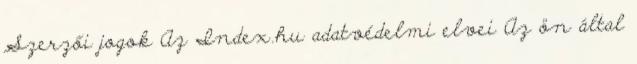
Szerzői jogok Az Index.hu adatvédelmi elvei Az ön által